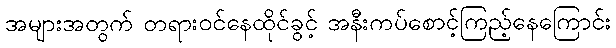
အများအတွက် တရားဝင်နေထိုင်ခွင့် အနီးကပ်စောင့်ကြည့်နေကြောင်း